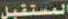
المستقبل